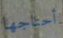
أحتاجها